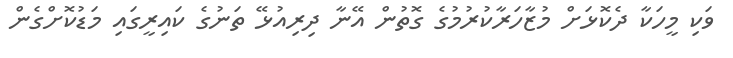
ވަކި މީހަކާ ދެކޮޅަށް މުޒާހަރާކުރުމުގެ ގޮތުން އޭނާ ދިރިއުޅޭ ތަނުގެ ކައިރީގައި މަޑުކޮށްގެން